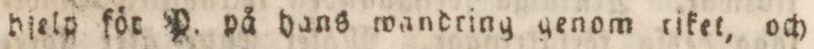
hjelp för P. på hans wandring genom tiket, och